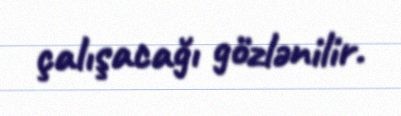
çalışacağı gözlənilir.